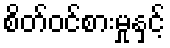
စိတ်ဝင်စားမှုနှင့်